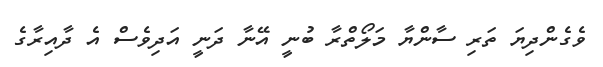
ވެގެންދިޔަ ތަރި ސާންޔާ މަލޯތްރާ ބުނީ އޭނާ ދަނީ އަދިވެސް އެ ދާއިރާގެ